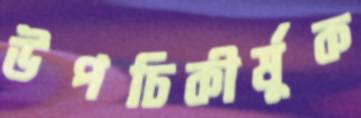
উপচিকীর্ষুক